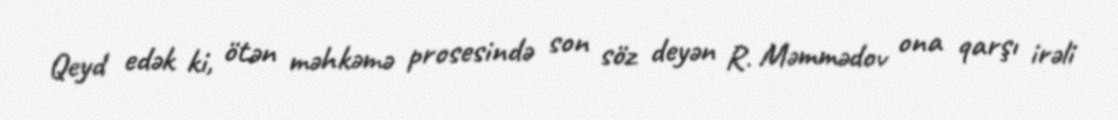
Qeyd edək ki, ötən məhkəmə prosesində son söz deyən R. Məmmədov ona qarşı irəli